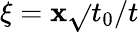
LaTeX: \xi=\mathbf{x}\sqrt{}{{t_{0}/t}}